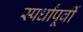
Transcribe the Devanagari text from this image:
स्पर्धांपूर्वी